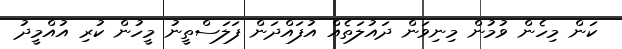
ކަން މިހެން ވުމުން މިނިވަން ދައުލަތެއް އުފައްދަން ފަލަސްތީނު މީހުން ކުރި އުއްމީދު